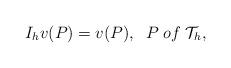
LaTeX: \begin{align*}I_h v(P)=v(P),\;\; P\;of\;\mathcal{T}_h,\end{align*}